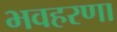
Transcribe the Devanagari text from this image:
भवहरणा